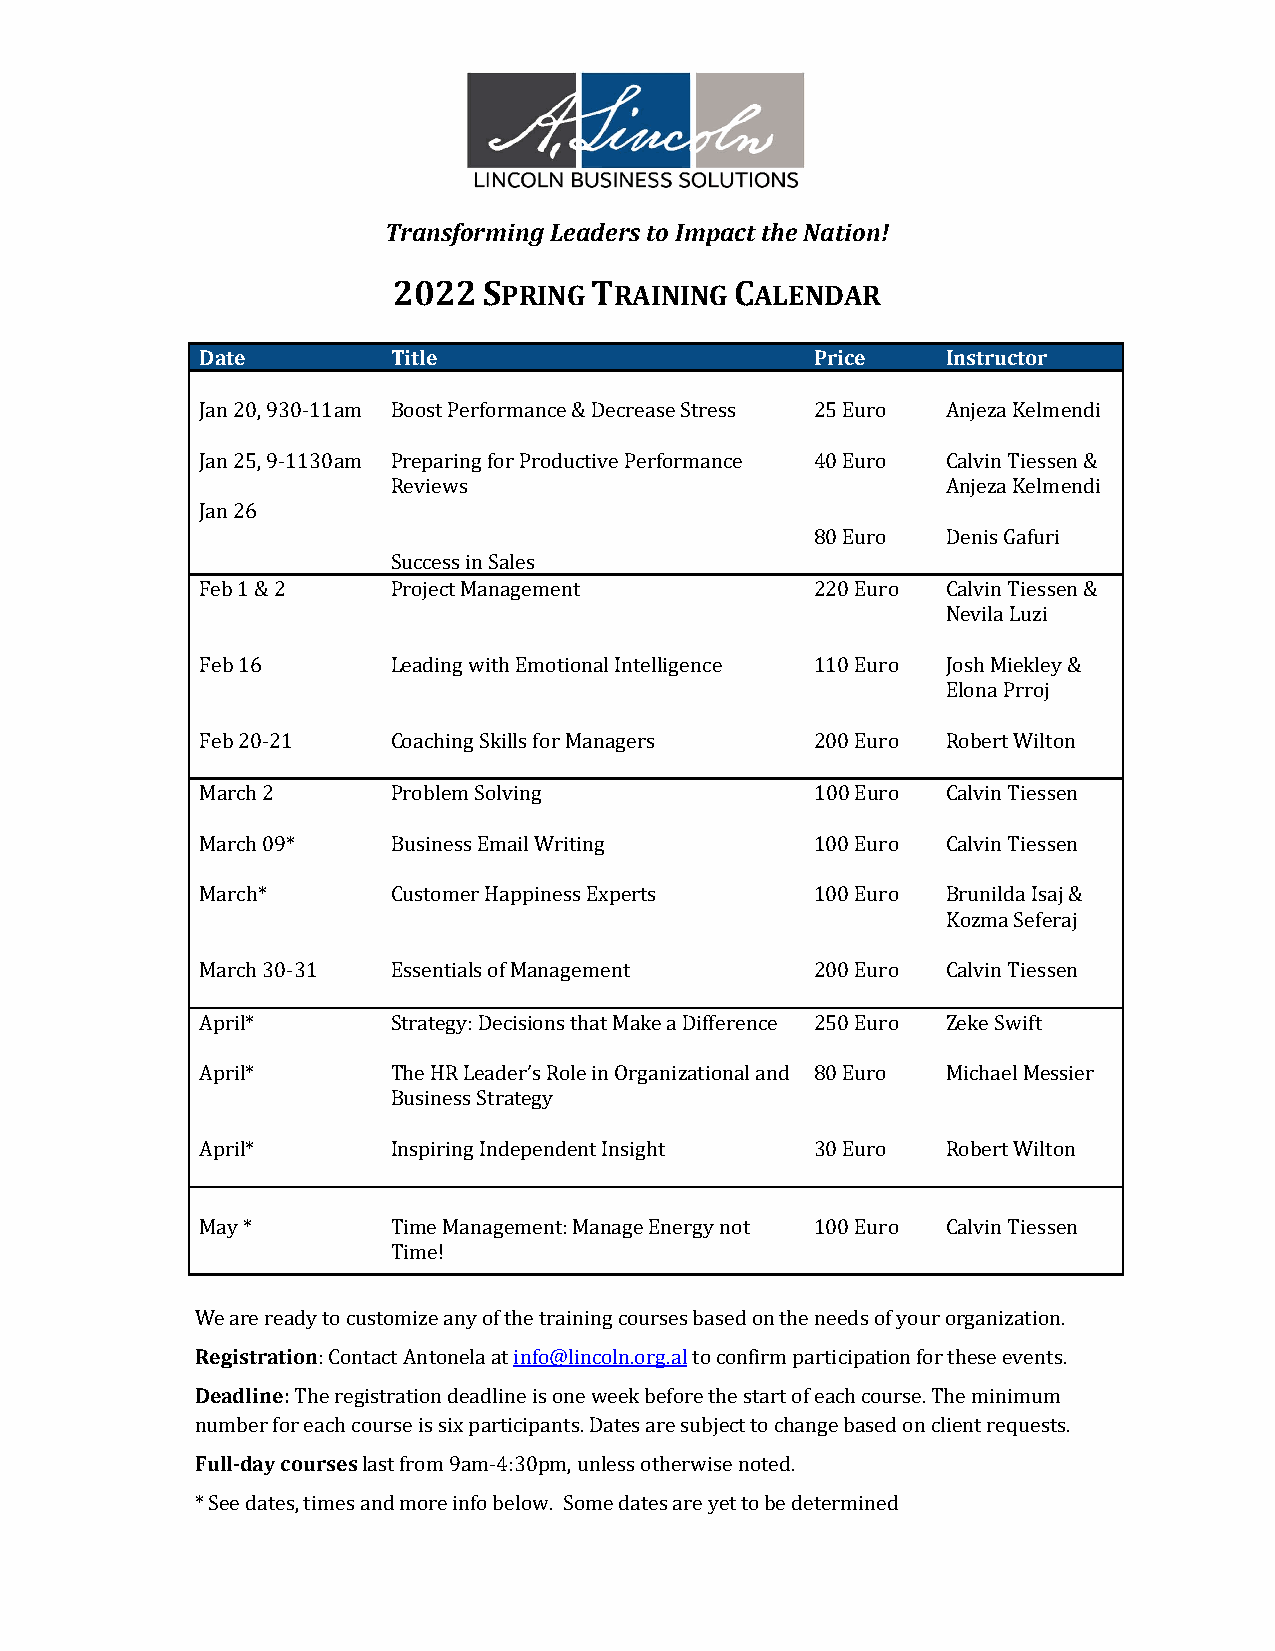
Transforming Leaders to Impact the Nation!
 2022  SPRING TRAINING  CALENDAR
 Date         Title                       Price    Instructor
 Jan 20, 930-11am Boost Performance & Decrease Stress 25 Euro Anjeza Kelmendi
 Jan 25, 9-1130am Preparing for Productive Performance 40 Euro Calvin Tiessen &
 Reviews                              Anjeza Kelmendi
 Jan 26
 80 Euro  Denis Gafuri
 Success in Sales
 Feb 1 & 2    Project Management          220 Euro Calvin Tiessen &
 Nevila Luzi
 Feb 16       Leading with Emotional Intelligence 110 Euro Josh Miekley &
 Elona Prroj
 Feb 20-21    Coaching Skills for Managers 200 Euro Robert Wilton
 March 2      Problem Solving             100 Euro Calvin Tiessen
 March 09*    Business Email Writing      100 Euro Calvin Tiessen
 March*       Customer Happiness Experts  100 Euro Brunilda Isaj &
 Kozma Seferaj
 March 30-31  Essentials of Management    200 Euro Calvin Tiessen
 April*       Strategy: Decisions that Make a Difference 250 Euro Zeke Swift
 April*       The HR Leader’s Role in Organizational and 80 Euro Michael Messier
 Business Strategy
 April*       Inspiring Independent Insight 30 Euro Robert Wilton
 May *        Time Management: Manage Energy not 100 Euro Calvin Tiessen
 Time!
 We are ready to customize any of the training courses based on the needs of your organization.
 Registration: Contact Antonela at info@lincoln.org.al to confirm participation for these events.
 Deadline: The registration deadline is one week before the start of each course. The minimum
 number for each course is six participants. Dates are subject to change based on client requests.
 Full-day courses last from 9am-4:30pm, unless otherwise noted.
 * See dates, times and more info below. Some dates are yet to be determined